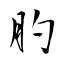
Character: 肑